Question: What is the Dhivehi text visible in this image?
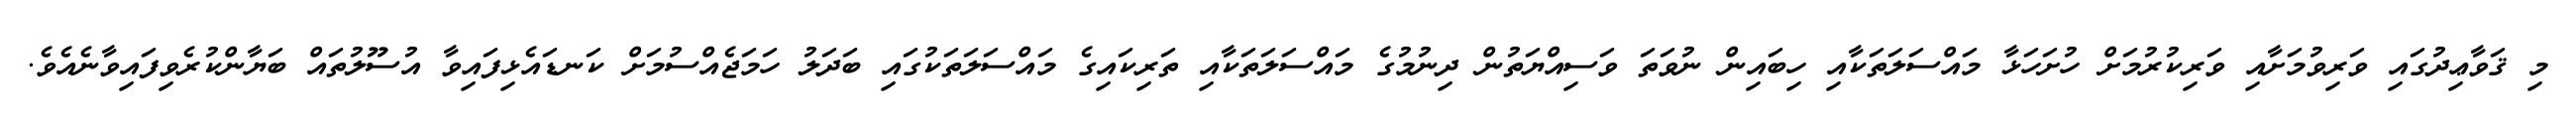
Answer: މި ޤަވާޢިދުގައި ވަރިވުމަށާއި ވަރިކުރުމަށް ހުށަހަޅާ މައްސަލަތަކާއި ހިބައިން ނުވަތަ ވަސިއްޔަތުން ދިނުމުގެ މައްސަލަތަކާއި ތަރިކައިގެ މައްސަލަތަކުގައި ބަދަލު ހަމަޖެއްސުމަށް ކަނޑައެޅިފައިވާ އުސޫލުތައް ބަޔާންކުރެވިފައިވާނެއެވެ.